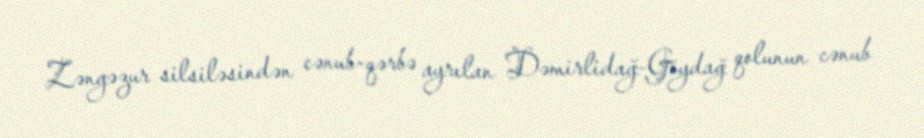
Zəngəzur silsiləsindən cənub-qərbə ayrılan Dəmirlidağ-Göydağ qolunun cənub